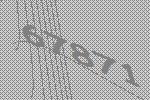
67871